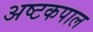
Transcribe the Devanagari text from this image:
अष्टकपाल